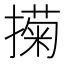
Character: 𢵗